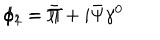
\phi _ { 1 } = \Pi + i \bar { \Psi } \gamma ^ { 0 } \hspace { 1 c m } \phi _ { 2 } = \bar { \Pi }